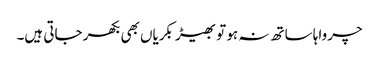
چرواہا ساتھ نہ ہو تو بھیڑ بکریاں بھی بکھر جاتی ہیں۔